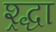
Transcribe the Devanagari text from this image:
श्र्द्धा